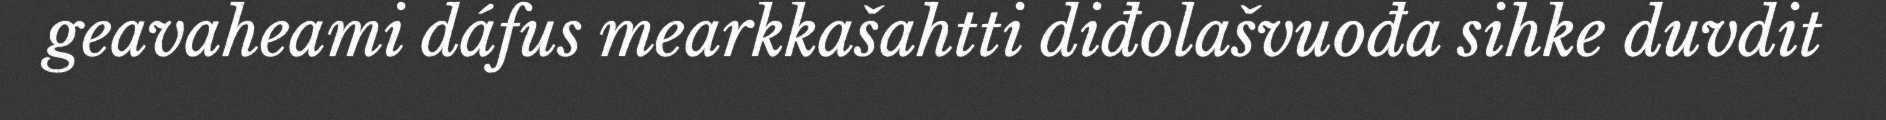
geavaheami dáfus mearkkašahtti diđolašvuođa sihke duvdit